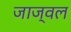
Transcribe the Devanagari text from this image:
जाज्वल